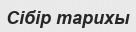
Сібір тарихы